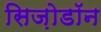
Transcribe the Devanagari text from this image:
सिज़ोडॉन